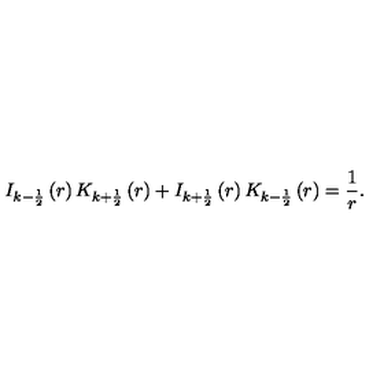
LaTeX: I _ { k - \frac 1 2 } \left( r \right) K _ { k + \frac 1 2 } \left( r \right) + I _ { k + \frac 1 2 } \left( r \right) K _ { k - \frac 1 2 } \left( r \right) = \frac 1 r .